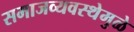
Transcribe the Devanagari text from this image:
समाजव्यवस्थेमुळे